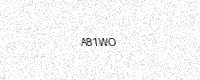
Text: A81WO